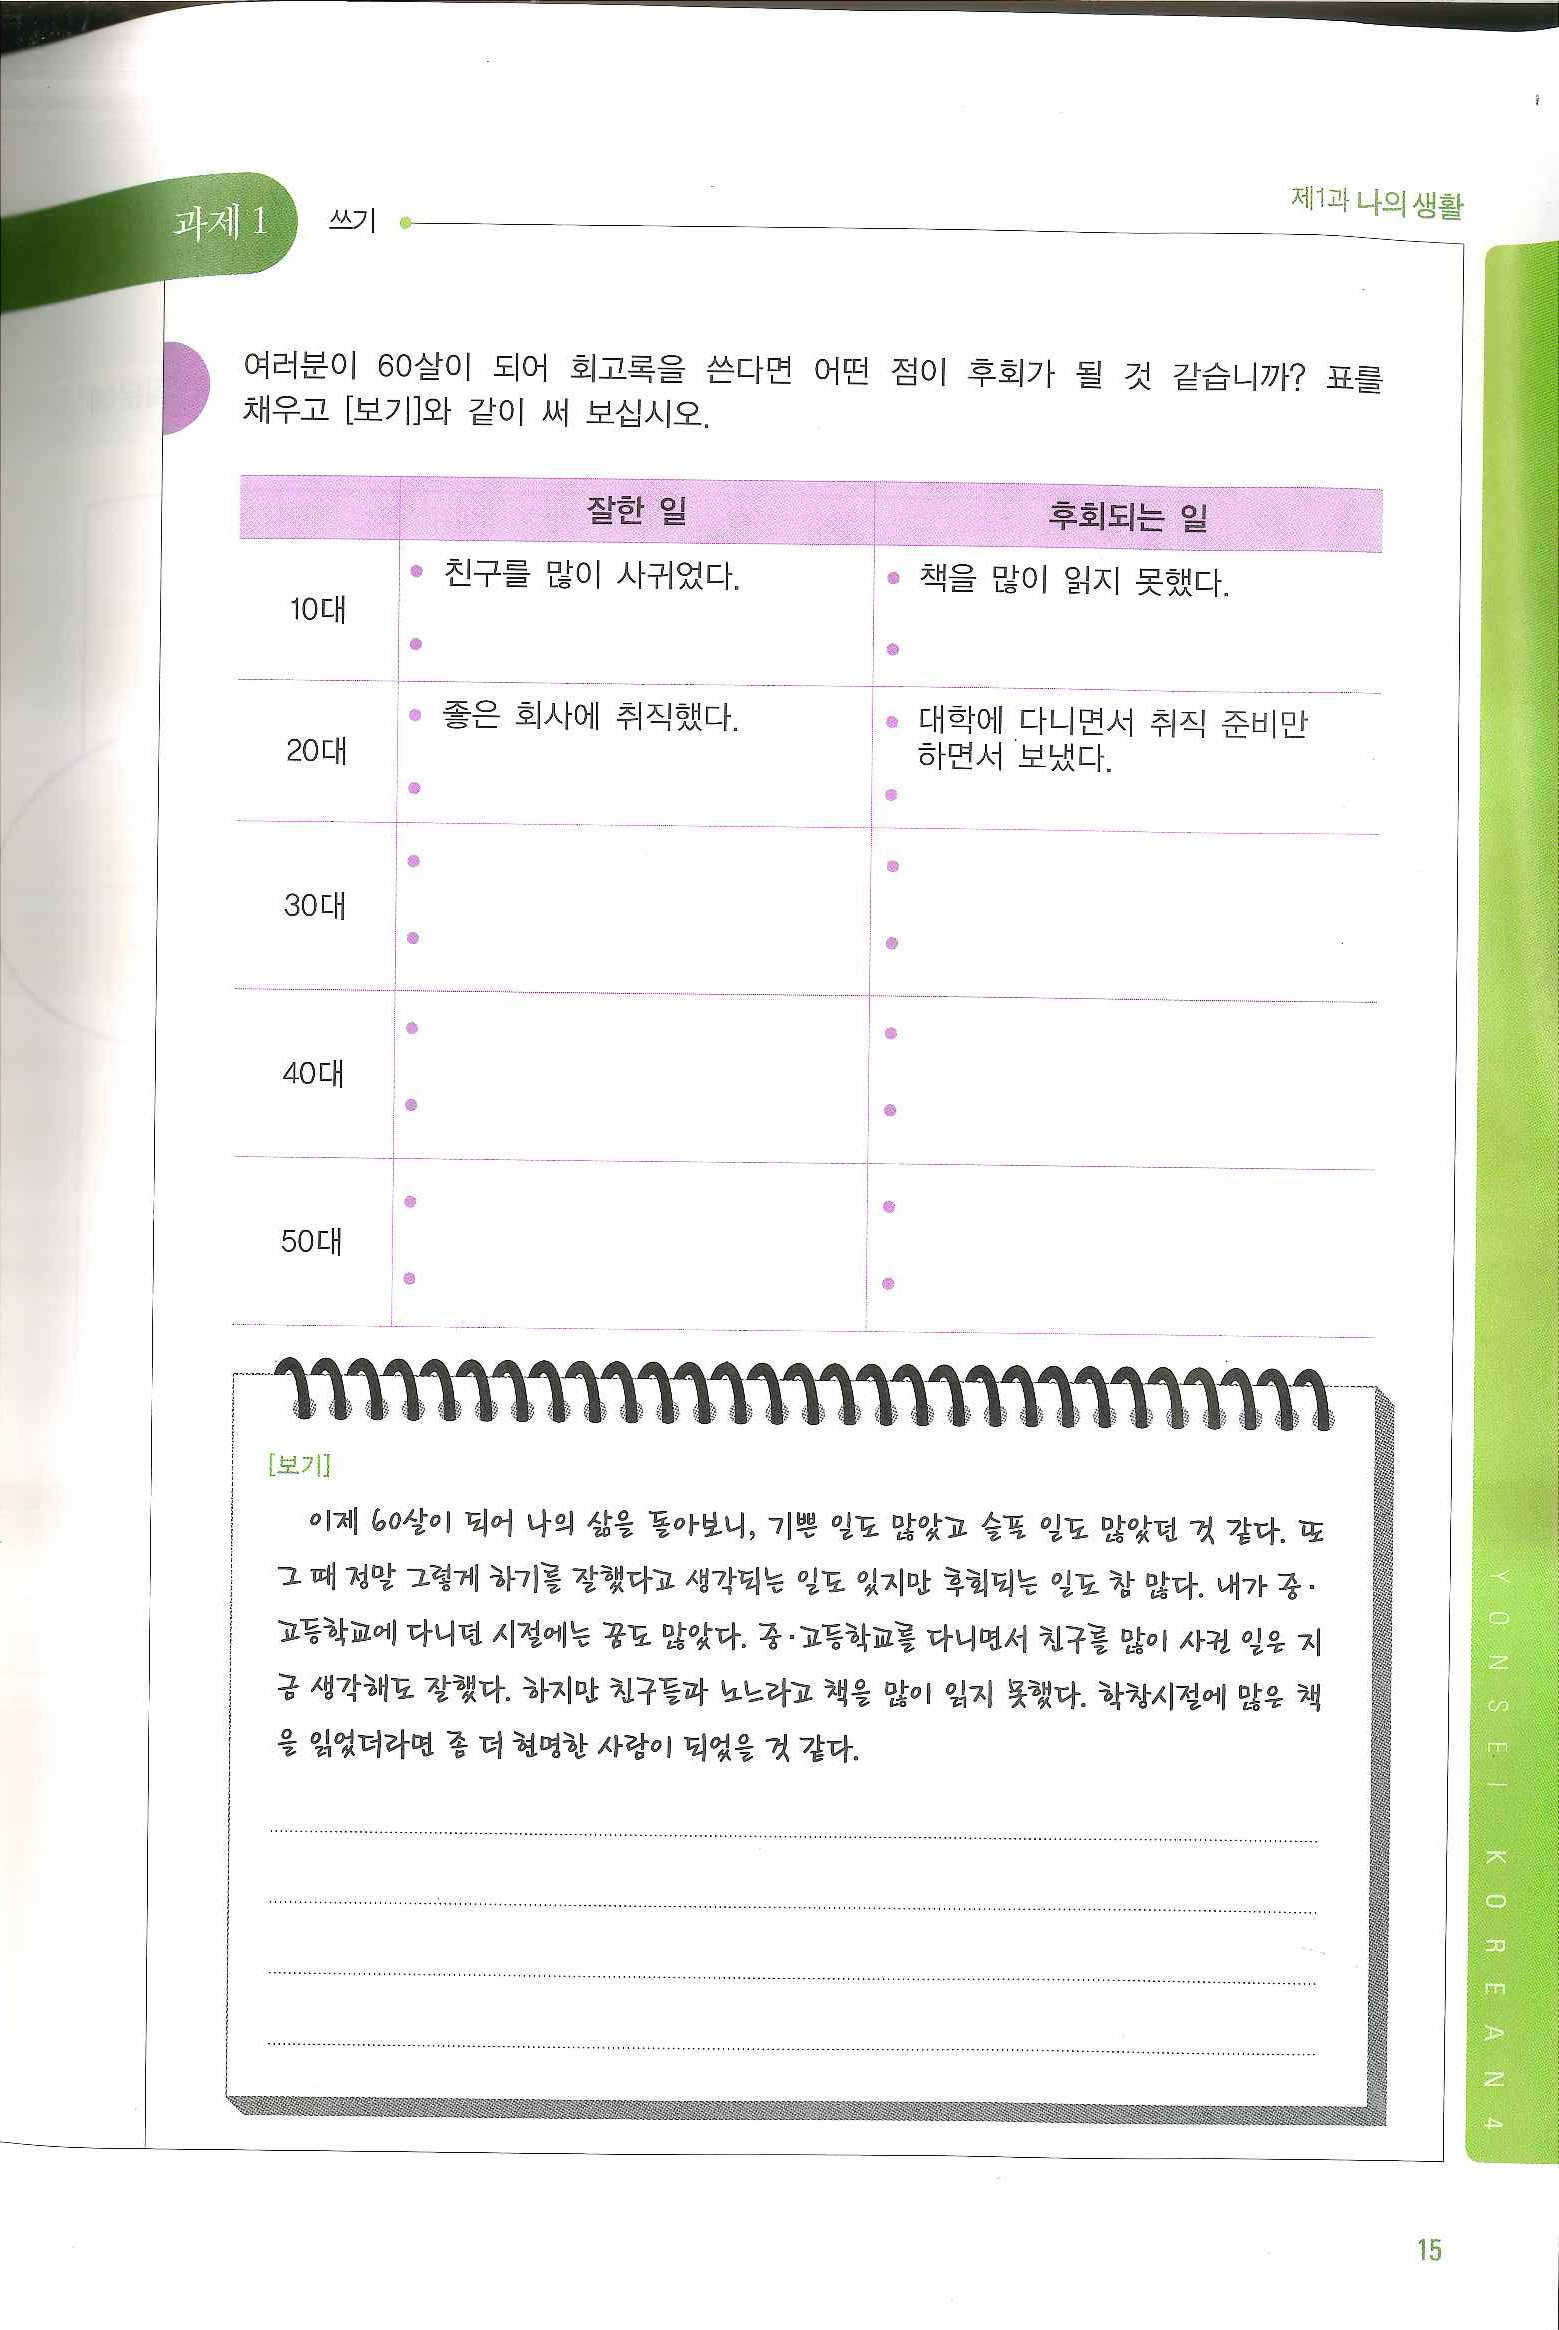
Language: ko